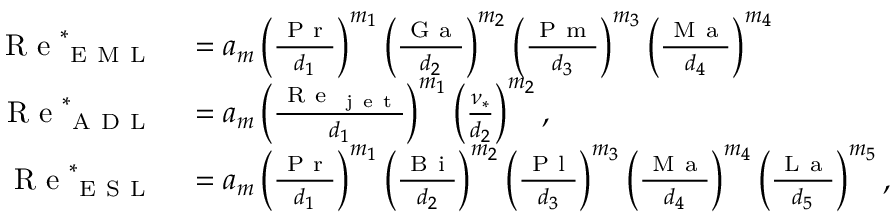
\begin{array} { r l } { \mathrm { ~ R ~ e ~ } _ { \mathrm { ~ E ~ M ~ L ~ } } ^ { \ast } } & { { } = a _ { m } \left( \frac { \mathrm { ~ P ~ r ~ } } { d _ { 1 } } \right) ^ { m _ { 1 } } \left( \frac { \mathrm { ~ G ~ a ~ } } { d _ { 2 } } \right) ^ { m _ { 2 } } \left( \frac { \mathrm { ~ P ~ m ~ } } { d _ { 3 } } \right) ^ { m _ { 3 } } \left( \frac { \mathrm { ~ M ~ a ~ } } { d _ { 4 } } \right) ^ { m _ { 4 } } } \\ { \mathrm { ~ R ~ e ~ } _ { \mathrm { ~ A ~ D ~ L ~ } } ^ { \ast } } & { { } = a _ { m } \left( \frac { \mathrm { ~ R ~ e ~ } _ { \mathrm { ~ j ~ e ~ t ~ } } } { d _ { 1 } } \right) ^ { m _ { 1 } } \left( \frac { \nu _ { \ast } } { d _ { 2 } } \right) ^ { m _ { 2 } } , } \\ { \mathrm { ~ R ~ e ~ } _ { \mathrm { ~ E ~ S ~ L ~ } } ^ { \ast } } & { { } = a _ { m } \left( \frac { \mathrm { ~ P ~ r ~ } } { d _ { 1 } } \right) ^ { m _ { 1 } } \left( \frac { \mathrm { ~ B ~ i ~ } } { d _ { 2 } } \right) ^ { m _ { 2 } } \left( \frac { \mathrm { ~ P ~ l ~ } } { d _ { 3 } } \right) ^ { m _ { 3 } } \left( \frac { \mathrm { ~ M ~ a ~ } } { d _ { 4 } } \right) ^ { m _ { 4 } } \left( \frac { \mathrm { ~ L ~ a ~ } } { d _ { 5 } } \right) ^ { m _ { 5 } } , } \end{array}